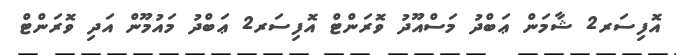
އޮފިސަރ2 ޝާމަން ޢަބްދު މަސްއޫދު ވޮރަންޓް އޮފިސަރ2 ޢަބްދު މައުމޫން އަދި ވޮރަންޓް